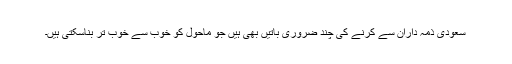
سعودی ذمہ داران سے کرنے کی چند ضروری باتیں بھی ہیں جو ماحول کو خوب سے خوب تر بناسکتی ہیں۔